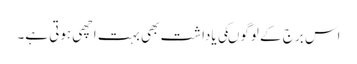
اس برج کے لوگوںکی یاداشت بھی بہت اچھی ہوتی ہے۔